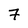
Character: 7